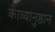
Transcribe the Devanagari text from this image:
काव्यानुष्ठान